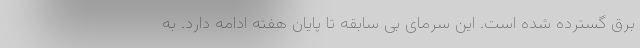
برق گسترده شده است. این سرمای بی سابقه تا پایان هفته ادامه دارد. به